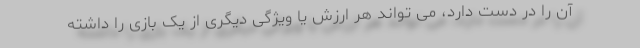
آن را در دست دارد، می تواند هر ارزش یا ویژگی دیگری از یک بازی را داشته